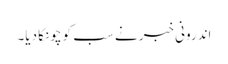
اندرونی خبر نے سب کو چونکا دیا۔